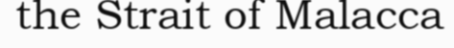
the Strait of Malacca